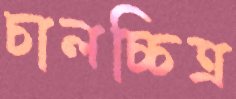
চালচ্চিত্র